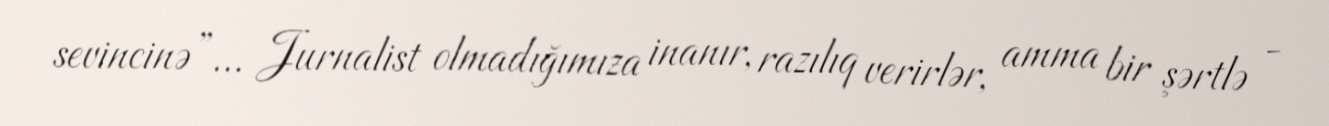
sevincinə”... Jurnalist olmadığımıza inanır, razılıq verirlər, amma bir şərtlə -